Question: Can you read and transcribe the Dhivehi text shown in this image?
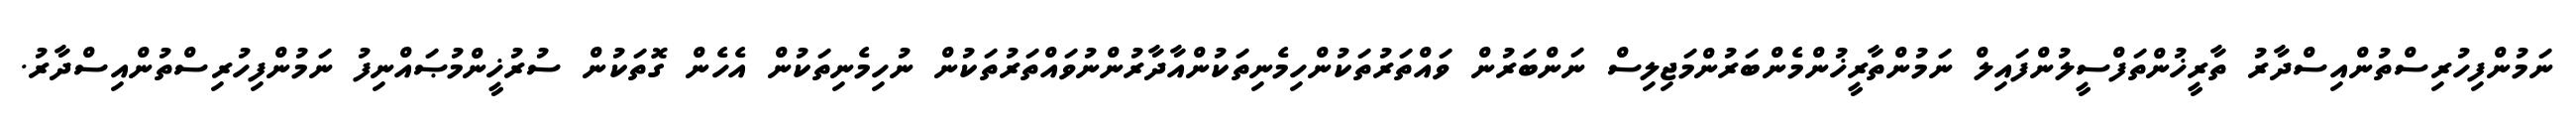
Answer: ނަމުންފިހުރިސްތުންއިސްދާރު ތާރީޚުންތަފްސީލުންފައިލް ނަމުންތާރީޚުންމެންބަރުންމަޖިލިސް ނަންބަރުން ވައްތަރުތަކުންހިމެނިތަކުންއާދާރުންނުވައްތަރުތަކުން ނުހިމެނިތަކުން އެހެން ގޮތަކުން ސުރުޚީންމުޞައްނިފު ނަމުންފިހުރިސްތުންއިސްދާރު.